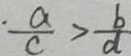
\cdot \frac { a } { c } > \frac { b } { d }